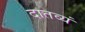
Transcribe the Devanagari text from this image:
दातव्यं